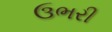
ઉભરી